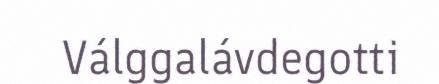
Válggalávdegotti